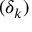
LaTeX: ( \delta _ { k } )